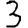
Digit: 3